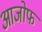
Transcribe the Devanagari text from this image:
आजोफ